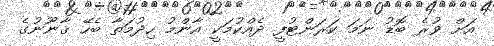
އަށް ވުރެ ބޮޑު ނަމަ ކަރަންޓުފީ ދެއްކުމަކީ އާންމު ހިދުމަތާ ބެހޭ ޤާނޫނުގެ